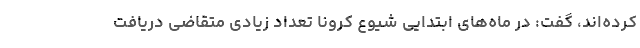
کرده‌اند، گفت: در ماه‌های ابتدایی شیوع کرونا تعداد زیادی متقاضی دریافت